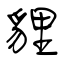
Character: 貍